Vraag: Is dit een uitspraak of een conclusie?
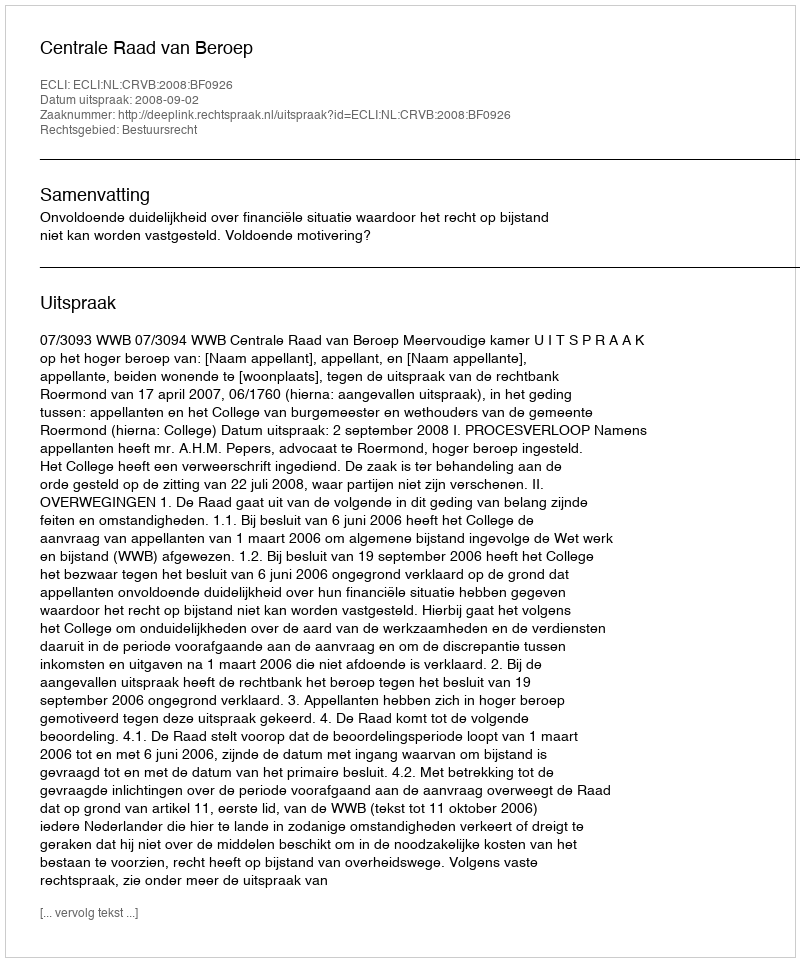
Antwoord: Uitspraak